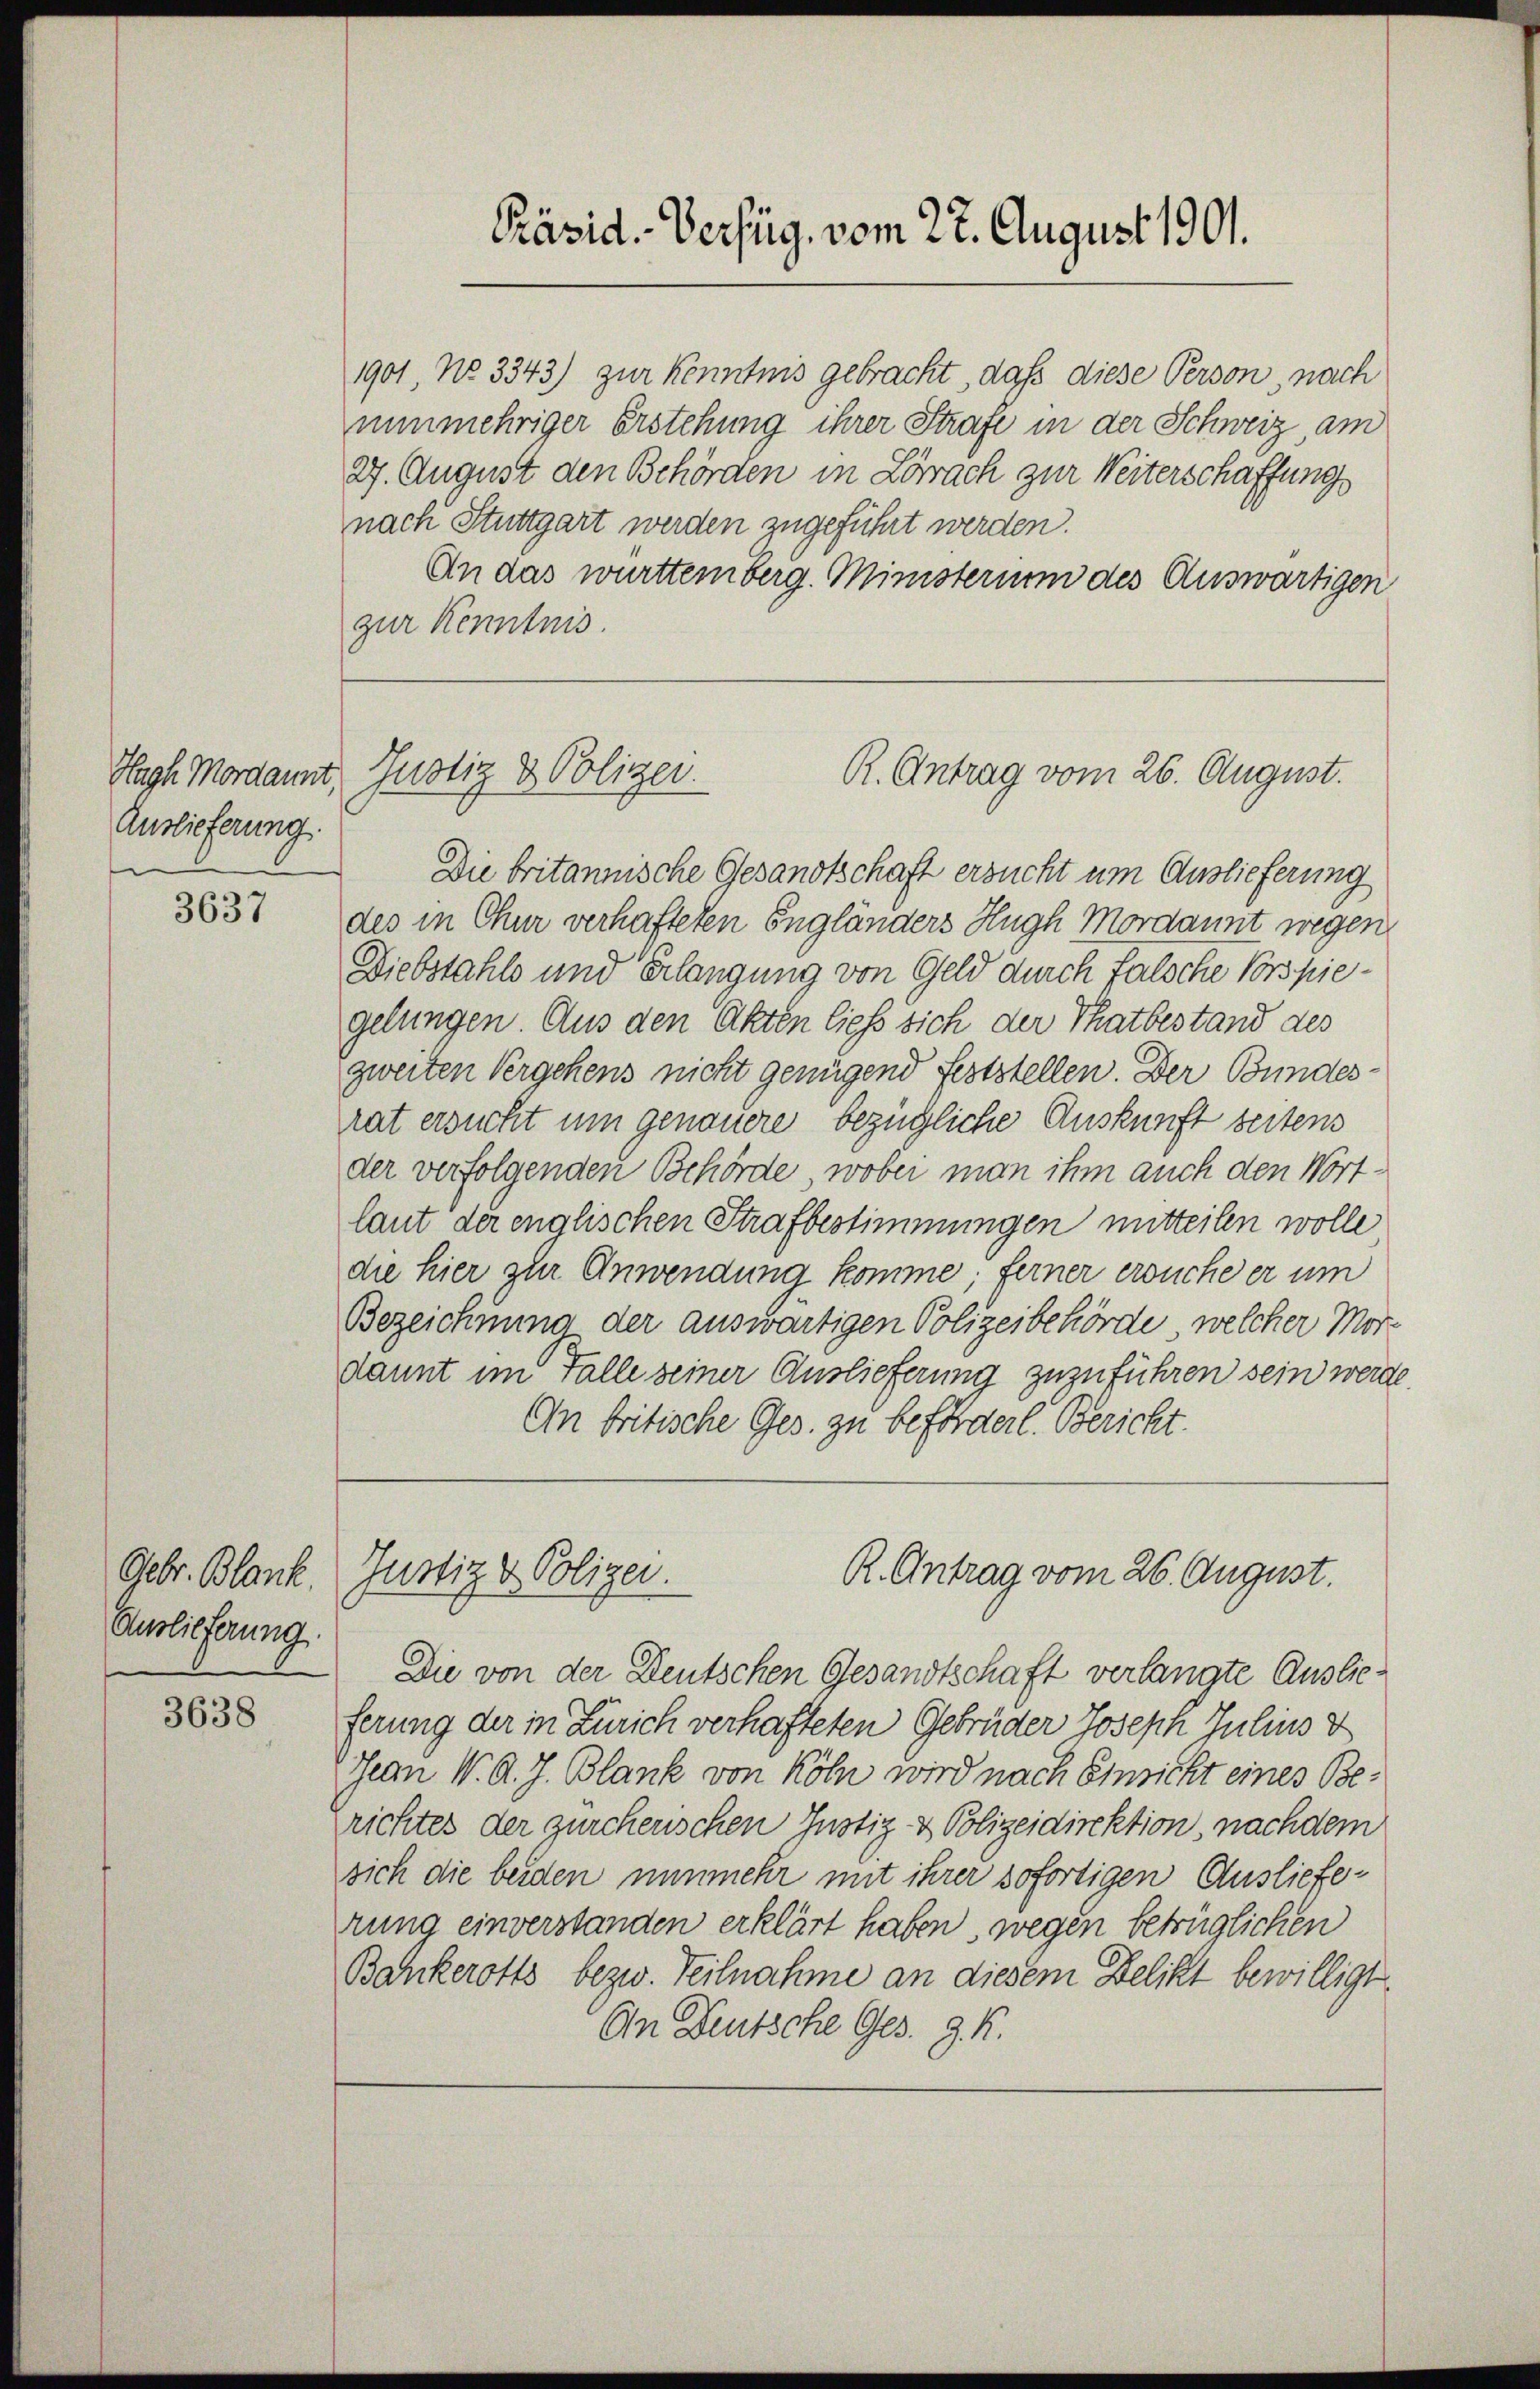
Hagh Mordaunt,
Auslieferung.

3637

Gebr. Blank.
Auslieferung.

3638

1901, No 3343) zur Kenntnis gebracht, daß diese Person nach
nunmehriger Erstehung ihrer Strafe in der Schweiz, am
27. August den Behörden in Lörrach zur Weiterschaffung
nach Stuttgart werden zugeführt werden.
An das württemberg. Ministerium des Auswärtigen
zur Kenntnis.

Justiz & Polizei.

Die britannische Gesandtschaft ersucht um Auslieferung
des in Chur verhafteten Engländers Hugh Mordannt wegen
Diebstahls und Erlangung von Geld durch falsche Vorspiegelungen. Aus den Akten ließ sich der Thatbestand des
zweiten Vergehens nicht genügend Feststellen. Der Bundesrat ersucht um genauere bezügliche Auskunft seitens
der verfolgenden Behörde, wobei man ihm auch den Wortlaut der englischen Strafbestimmungen mitteilen wolle
die hier zur Anwendung komme, ferner ersuche er um
Bezeichnung der auswärtigen Polizeibehörde, welcher Mordannt im Falle seiner Auslieferung zuzuführen sein werde.
An britische Ges. zu beförderl. Bericht.
R. Antrag vom 26. August.
Justiz & Polizei.
Die von der Deutschen Gesandtschaft verlangte Auslieferung der in Zürich verhafteten Gebrüder Joseph Julius d
Jean V. d. J. Blank von Köln wird nach Einricht eines Berichtes der zürcherischen Justiz- & Polizeidirektion, nachdem
sich die beiden nunmehr mit ihrer sofortigen Auslieferung einverstanden erklärt haben wegen betrüglichen
Bankerotts bezw. Teilnahme an diesem Delikt bewilligt.
An Deutsche Ges. Z. K.

Präsid. - Verfüg, vom 22. August 1901.

R. Antrag vom 26. August.